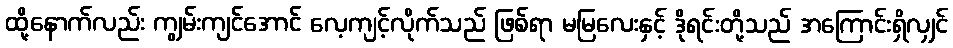
ထို့နောက်လည်း ကျွမ်းကျင်အောင် လေ့ကျင့်လိုက်သည် ဖြစ်ရာ မမြလေးနှင့် ဒိုရင်းတို့သည် အကြောင်းရှိလျှင်